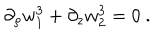
LaTeX: \partial _ { \rho } w _ { 1 } ^ { 3 } + \partial _ { z } w _ { 2 } ^ { 3 } = 0 \ .